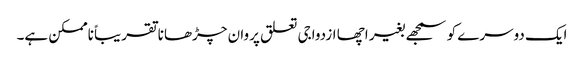
ایک دوسرے کو سمجھے بغیر اچھا ازدواجی تعلق پروان چڑھانا تقریباً ناممکن ہے۔